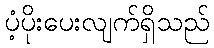
ပံ့ပိုးပေးလျက်ရှိသည်